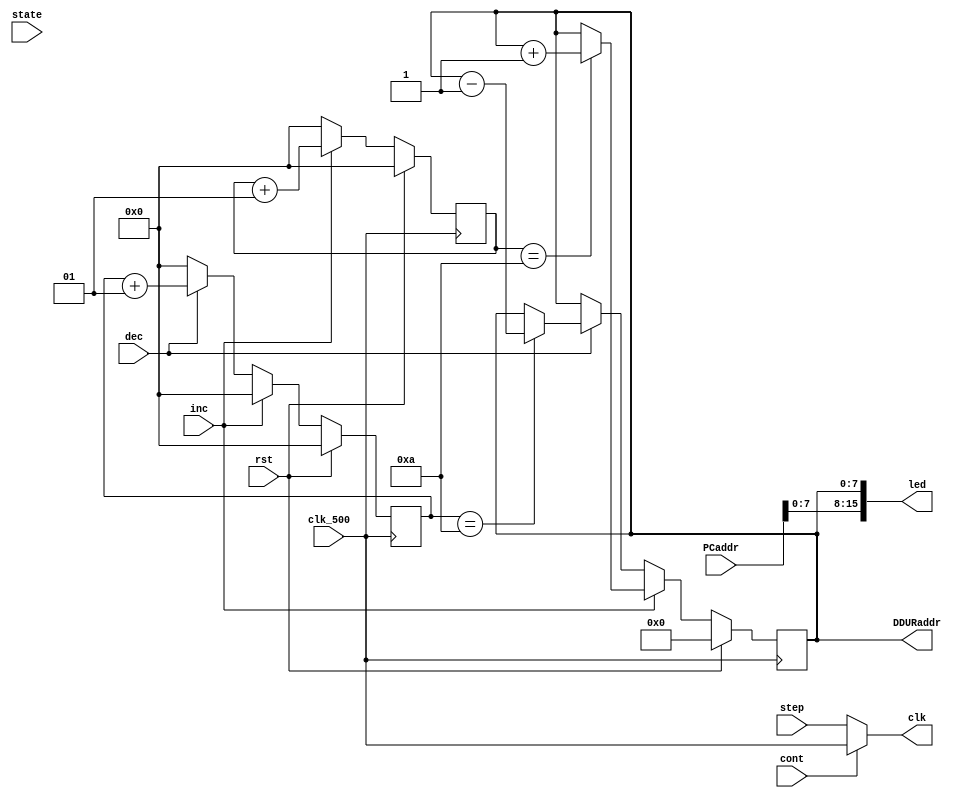
`timescale 1ns / 1ps
//////////////////////////////////////////////////////////////////////////////////
// Company: 
// Engineer: 
// 
// Design Name: 
// Module Name: DDU
// Project Name: 
// Target Devices: 
// Tool Versions: 
// Description: 
// 
// Dependencies: 
// 
// Revision:
// Revision 0.01 - File Created
// Additional Comments:
// 
//////////////////////////////////////////////////////////////////////////////////


module DDU(
    input clk_500,rst,
    input cont,step,inc,dec,
    input [31:0] PCaddr,
    input [3:0] state,
    output clk,
    output reg [7:0] DDURaddr,
    output [15:0] led
    );
    reg run;
    integer cntinc,cntdec,cntstep;
    
    assign clk = (cont? clk_500:step);
    assign {led[7:0]} = DDURaddr;
    assign {led[15:8]} = {PCaddr[7:0]};
//    assign {led[11:8]} = state;
//    assign {led[15:12]} = 0;
        
    always @ (posedge clk_500)//run
    begin
        run <= 0;
        if (cont==1)
        begin
            run <= 1;
        end
        else
        begin
            if (step==1) run <= 1;
            else run <= 0;
        end
    end
    always @ (posedge clk_500)
    begin
        cntinc <= 0;
        cntdec <= 0;
        if (rst)
            DDURaddr <= 0;
        else if (inc)
        begin
            cntinc <= cntinc + 1;
            if (cntinc==10) DDURaddr <= DDURaddr+1;
        end
        else if (dec)
        begin
            cntdec <= cntdec + 1;
            if (cntdec==10) DDURaddr <= DDURaddr-1;
        end
    end
endmodule